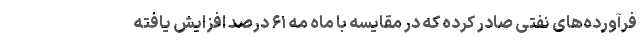
فرآورده‌های نفتی صادر کرده که در مقایسه با ماه مه ۶۱ درصد افزایش یافته